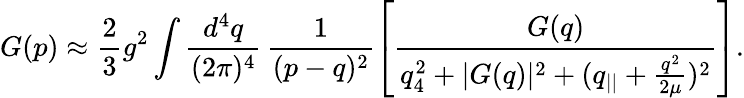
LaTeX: G(p)\approx\frac 23g^{2}\int\frac{d^{4}q}{(2\pi)^{4}}\, \frac 1{(p-q)^{2}}\left[\frac{G(q)}{q_{4}^{2}+|G(q)|^{2}+(q_{||}+\frac{q^{2}}{2\mu})^{2}}\right].